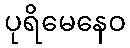
ပုရိမေနေဝ